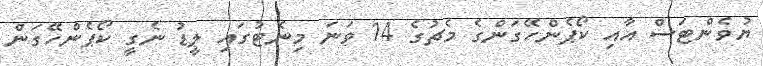
ޔުވެންޓަސް އާއި ކޯޕެންހޭގަންގެ މެޗުގެ 14 ވަނަ މިނެޓުގައި ލީޑު ނެގީ ކޯޕެންހޭގަން